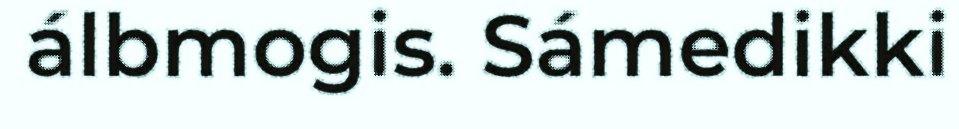
álbmogis. Sámedikki